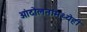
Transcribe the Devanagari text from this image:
आंदोलनांमध्येही